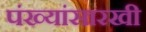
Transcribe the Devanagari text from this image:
पंख्यांसारखी